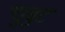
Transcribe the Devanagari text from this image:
चुबुट